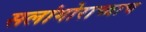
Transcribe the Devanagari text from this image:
सलांगोराच्याच